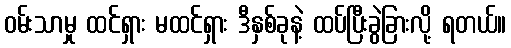
ဝမ်းသာမှု ထင်ရှား မထင်ရှား ဒီနှစ်ခုနဲ့ ထပ်ပြီးခွဲခြားလို့ ရတယ်။